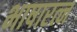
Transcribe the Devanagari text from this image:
भाषारत्न